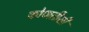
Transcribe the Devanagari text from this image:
कोणतीशी